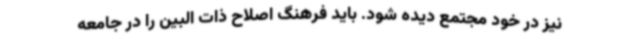
نیز در خود مجتمع دیده شود. باید فرهنگ اصلاح ذات البین را در جامعه